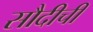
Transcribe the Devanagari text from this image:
सौदीची